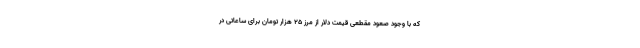
که با وجود صعود مقطعی قیمت دلار از مرز ۲۵ هزار تومان برای ساعاتی در